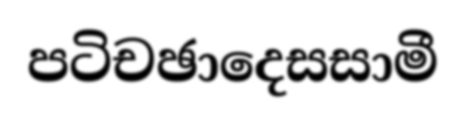
පටිචඡාදෙසසාමී